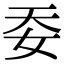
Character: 𡛌